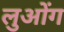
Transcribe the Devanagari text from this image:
लुओंग